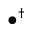
\bullet ^ { \dagger }